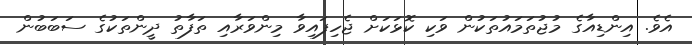
އެވެ. އިންޑިއާގެ މުޖުތަމައުތަކުން ވަކި ކޮޅަކަށް ޖެހިފައިވާ މިންވަރާއި ތަފާތު ދީންތަކުގެ ސަބަބުން